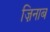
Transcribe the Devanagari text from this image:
ज़िनाब